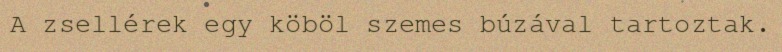
A zsellérek egy köböl szemes búzával tartoztak.